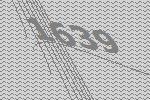
1639